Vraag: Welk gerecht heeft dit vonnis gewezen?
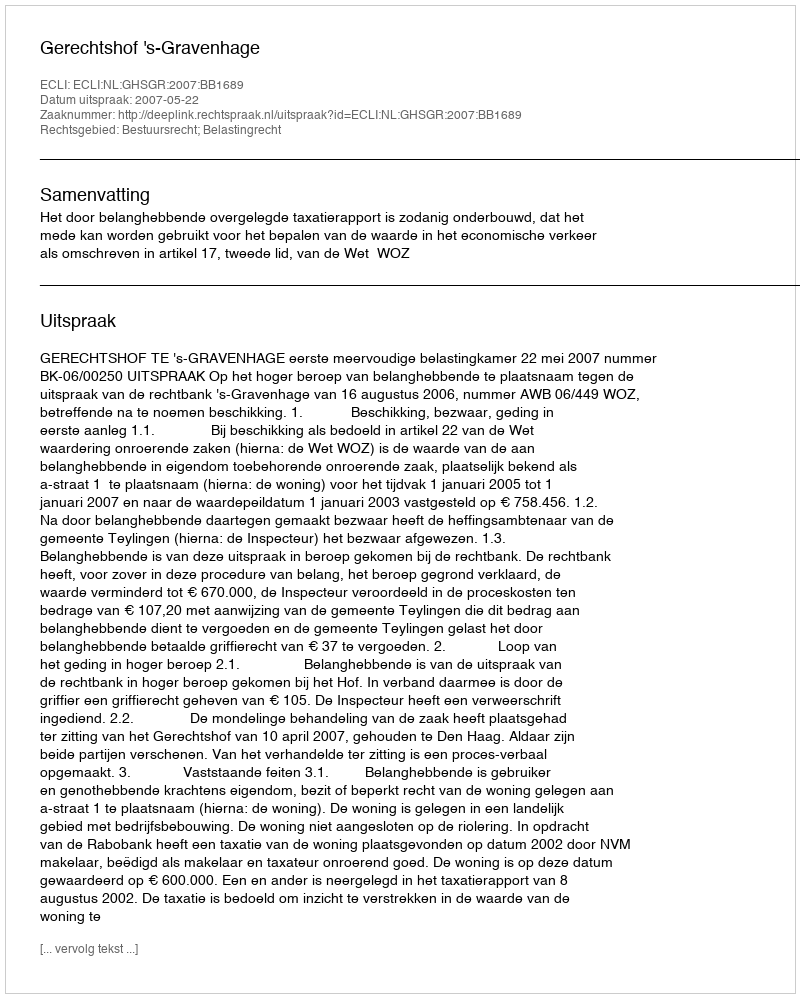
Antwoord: Gerechtshof 's-Gravenhage